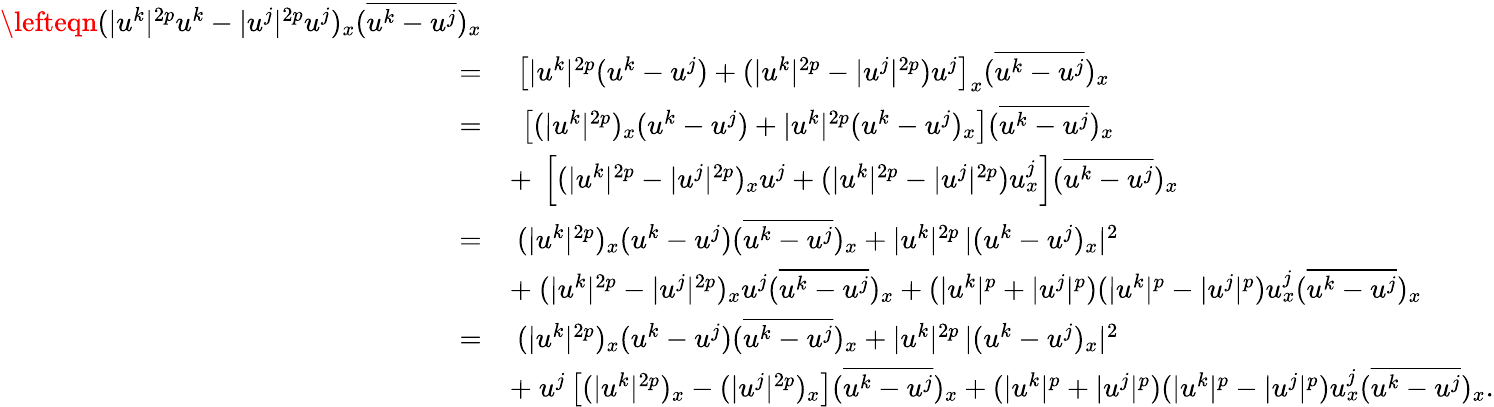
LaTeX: \begin{array}{rl}{\lefteqn{(|u^{k}|^{2p}u^{k}-|u^{j}|^{2p}u^{j})_{x}(\overline{{u^{k}-u^{j}}})_{x}}}\\ {=}&{\ \left[|u^{k}|^{2p}(u^{k}-u^{j})+(|u^{k}|^{2p}-|u^{j}|^{2p})u^{j}\right]_{x}(\overline{{u^{k}-u^{j}}})_{x}}\\ {=}&{\ \left[(|u^{k}|^{2p})_{x}(u^{k}-u^{j})+|u^{k}|^{2p}(u^{k}-u^{j})_{x}\right](\overline{{u^{k}-u^{j}}})_{x}}\\ &{+\ \left[(|u^{k}|^{2p}-|u^{j}|^{2p})_{x}u^{j}+(|u^{k}|^{2p}-|u^{j}|^{2p})u_{x}^{j}\right](\overline{{u^{k}-u^{j}}})_{x}}\\ {=}&{\ (|u^{k}|^{2p})_{x}(u^{k}-u^{j})(\overline{{u^{k}-u^{j}}})_{x}+|u^{k}|^{2p}\, |(u^{k}-u^{j})_{x}|^{2}}\\ &{+\ (|u^{k}|^{2p}-|u^{j}|^{2p})_{x}u^{j}(\overline{{u^{k}-u^{j}}})_{x}+(|u^{k}|^{p}+|u^{j}|^{p})(|u^{k}|^{p}-|u^{j}|^{p})u_{x}^{j}(\overline{{u^{k}-u^{j}}})_{x}}\\ {=}&{\ (|u^{k}|^{2p})_{x}(u^{k}-u^{j})(\overline{{u^{k}-u^{j}}})_{x}+|u^{k}|^{2p}\, |(u^{k}-u^{j})_{x}|^{2}}\\ &{+\ u^{j}\left[(|u^{k}|^{2p})_{x}-(|u^{j}|^{2p})_{x}\right](\overline{{u^{k}-u^{j}}})_{x}+(|u^{k}|^{p}+|u^{j}|^{p})(|u^{k}|^{p}-|u^{j}|^{p})u_{x}^{j}(\overline{{u^{k}-u^{j}}})_{x}.}\end{array}